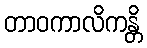
တာဝကာလိကန္တိ